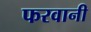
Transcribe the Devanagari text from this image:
फरवानी